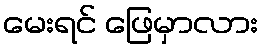
မေးရင် ဖြေမှာလား